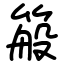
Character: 䈲